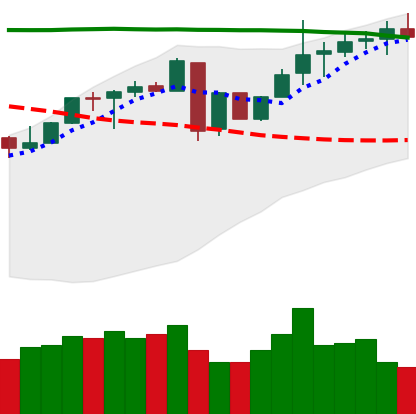
Ticker: LINK-USD
Chart end date: 2018-05-05
Forward return: -7.902%
Label: down_7plus